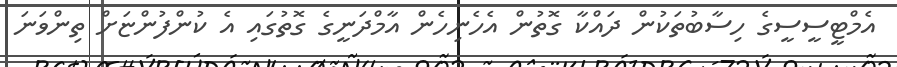
އެމްޓީސީސީގެ ހިސާބުތަކުން ދައްކާ ގޮތުން އެހެނިހެން އާމްދަނީގެ ގޮތުގައި އެ ކުންފުންްޏަށް ތިންވަނަ